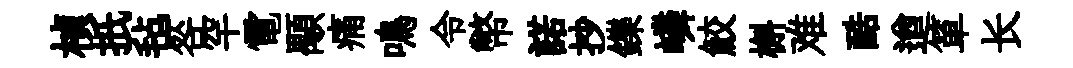
楨扺毡咎罕電顒痛鳴令幣諾抄鑠嶙鮫槲难酷遒箪长